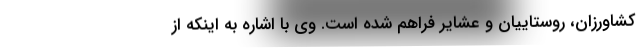
کشاورزان، روستاییان و عشایر فراهم شده است. وی با اشاره به اینکه از